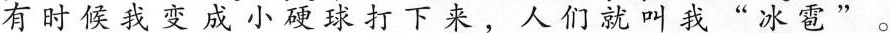
有时候我变成小硬球打下来，人们就叫我”冰雹” 。